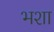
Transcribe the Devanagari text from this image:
भशा